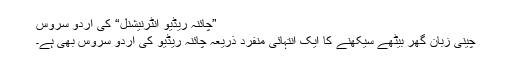
”چائنہ ریڈیو انٹرنیشنل“ کی اُردو سروس
چینی زبان گھر بیٹھے سیکھنے کا ایک انتہائی منفرد ذریعہ چائنہ ریڈیو کی اُردو سروس بھی ہے۔